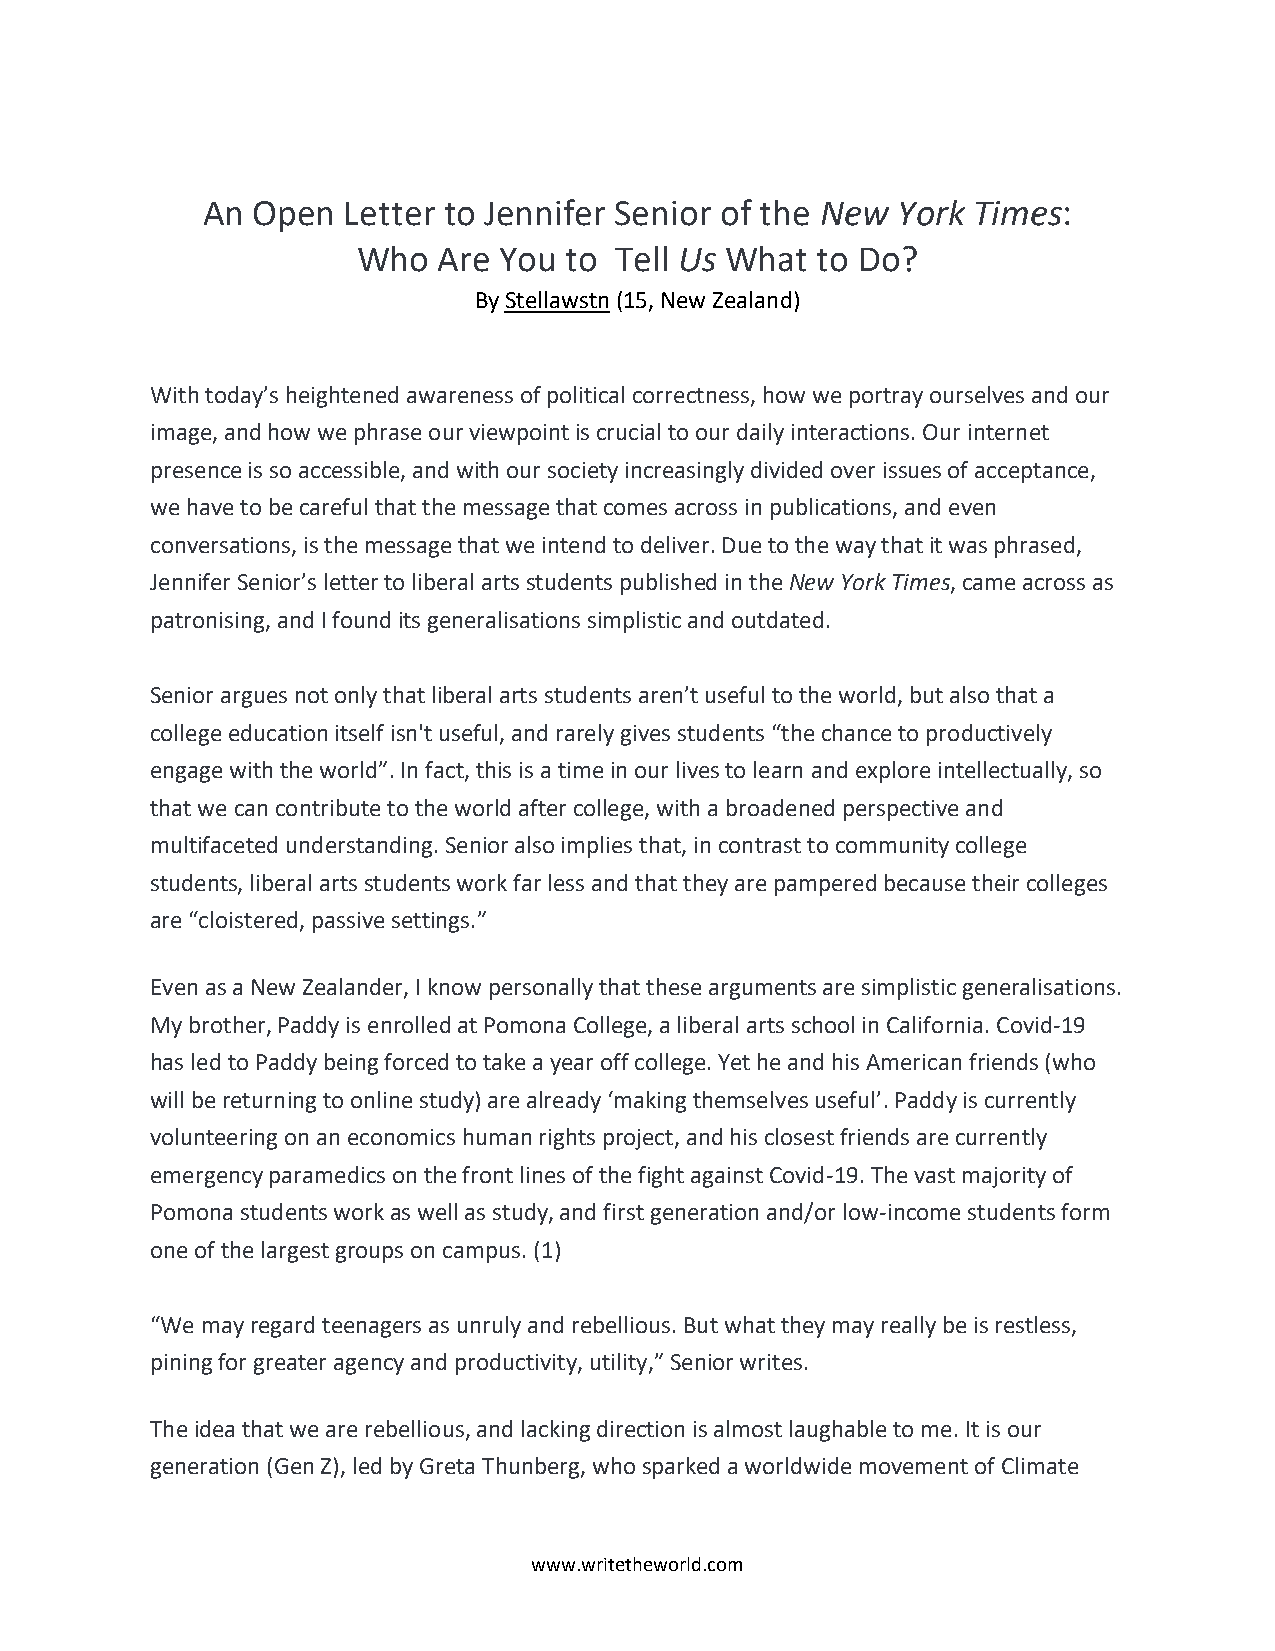
An  Open  Letter to Jennifer Senior of the New York Times:
 Who  Are You to  Tell Us What to Do?
 By Stellawstn (15, New Zealand)
 With today’s heightened awareness of political correctness, how we portray ourselves and our
 image, and how we phrase our viewpoint is crucial to our daily interactions. Our internet
 presence is so accessible, and with our society increasingly divided over issues of acceptance,
 we have to be careful that the message that comes across in publications, and even
 conversations, is the message that we intend to deliver. Due to the way that it was phrased,
 Jennifer Senior’s letter to liberal arts students published in the New York Times, came across as
 patronising, and I found its generalisations simplistic and outdated.
 Senior argues not only that liberal arts students aren’t useful to the world, but also that a
 college education itself isn't useful, and rarely gives students “the chance to productively
 engage with the world”. In fact, this is a time in our lives to learn and explore intellectually, so
 that we can contribute to the world after college, with a broadened perspective and
 multifaceted understanding. Senior also implies that, in contrast to community college
 students, liberal arts students work far less and that they are pampered because their colleges
 are “cloistered, passive settings.”
 Even as a New Zealander, I know personally that these arguments are simplistic generalisations.
 My brother, Paddy is enrolled at Pomona College, a liberal arts school in California. Covid-19
 has led to Paddy being forced to take a year off college. Yet he and his American friends (who
 will be returning to online study) are already ‘making themselves useful’. Paddy is currently
 volunteering on an economics human rights project, and his closest friends are currently
 emergency paramedics on the front lines of the fight against Covid-19. The vast majority of
 Pomona students work as well as study, and first generation and/or low-income students form
 one of the largest groups on campus. (1)
 “We may regard teenagers as unruly and rebellious. But what they may really be is restless,
 pining for greater agency and productivity, utility,” Senior writes.
 The idea that we are rebellious, and lacking direction is almost laughable to me. It is our
 generation (Gen Z), led by Greta Thunberg, who sparked a worldwide movement of Climate
 www.writetheworld.com